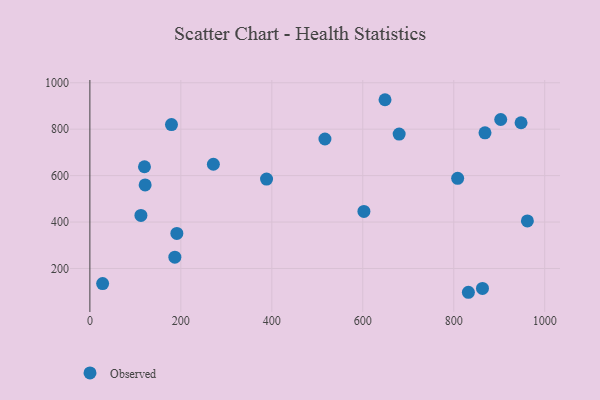
{"axis": {"x": "Ad Spend", "y": "Yield"}, "legend": ["Observed"], "data": [{"x": "28.0", "y": 134.7, "type": "Observed"}, {"x": "648.9", "y": 927.0, "type": "Observed"}, {"x": "191.2", "y": 351.1, "type": "Observed"}, {"x": "120.0", "y": 638.3, "type": "Observed"}, {"x": "516.8", "y": 757.8, "type": "Observed"}, {"x": "903.3", "y": 841.8, "type": "Observed"}, {"x": "271.5", "y": 649.0, "type": "Observed"}, {"x": "602.5", "y": 445.6, "type": "Observed"}, {"x": "961.9", "y": 404.6, "type": "Observed"}, {"x": "112.2", "y": 428.4, "type": "Observed"}, {"x": "832.2", "y": 97.4, "type": "Observed"}, {"x": "186.8", "y": 248.7, "type": "Observed"}, {"x": "868.7", "y": 784.3, "type": "Observed"}, {"x": "948.0", "y": 827.9, "type": "Observed"}, {"x": "179.4", "y": 819.8, "type": "Observed"}, {"x": "808.6", "y": 588.4, "type": "Observed"}, {"x": "680.0", "y": 778.8, "type": "Observed"}, {"x": "121.5", "y": 560.0, "type": "Observed"}, {"x": "388.4", "y": 585.3, "type": "Observed"}, {"x": "863.2", "y": 114.1, "type": "Observed"}]}